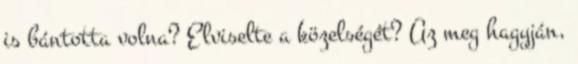
is bántotta volna? Elviselte a közelségét? Az meg hagyján,